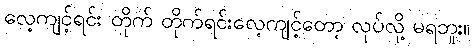
လေ့ကျင့်ရင်း တိုက် တိုက်ရင်းလေ့ကျင့်တော့ လုပ်လို့ မရဘူး။